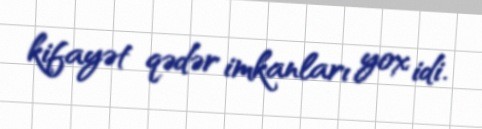
kifayət qədər imkanları yox idi.